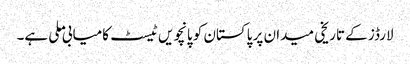
لارڈز کے تاریخی میدان پر پاکستان کو پانچویں ٹیسٹ کامیابی ملی ہے۔